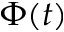
\Phi ( t )